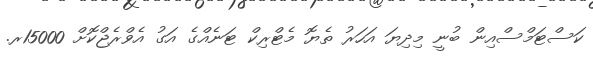
ކަސްޓަމްސްއިން ބުނީ މިދިޔަ އަހަރު ތެޔޮ މެޓްރިކް ޓަނެއްގެ އަގު އެވްރެޖްކޮށް 15000ރ.